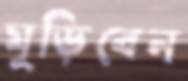
মুড়িবেন